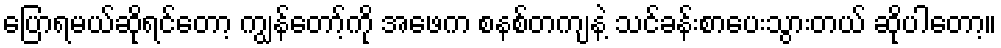
ပြောရမယ်ဆိုရင်တော့ ကျွန်တော့်ကို အဖေက စနစ်တကျနဲ့ သင်ခန်းစာပေးသွားတယ် ဆိုပါတော့။